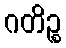
ဂတိဉ္စ